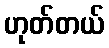
ဟုတ်တယ်